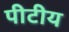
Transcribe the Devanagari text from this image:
पीटीय